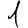
Digit: 1